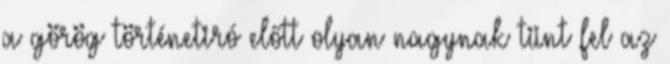
a görög történetiró előtt olyan nagynak tünt fel az